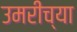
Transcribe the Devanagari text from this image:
उमरीच्या